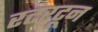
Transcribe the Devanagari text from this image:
रटरटून